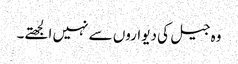
وہ جیل کی دیواروں سے نہیں الجھتے۔